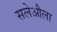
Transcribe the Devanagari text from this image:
सलेऔला